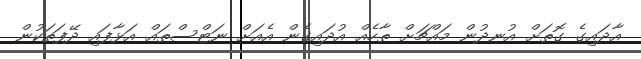
އާދައިގެ ގޮތަށް އުނދުން މައްޗަށް ތާހެއް އުދައިގެން އެއަށް ނަޓްސްތައް އަޅާފައި ދޭފަތަކުން